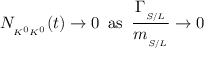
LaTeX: N _ { { } _ { K ^ { 0 } K ^ { 0 } } } ( t ) \to 0 \, \, \, \mathrm { a s } \, \, \, { \frac { \Gamma _ { { } _ { S / L } } } { m _ { { } _ { S / L } } } } \to 0